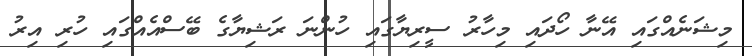
މިޝަނެއްގައި އޭނާ ހޯދައި މިހާރު ސީރިޔާގައި ހުންނަ ރަޝިޔާގެ ބޭސްއެއްގައި ހުރި އިރު